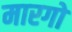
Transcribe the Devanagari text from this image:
मारगो